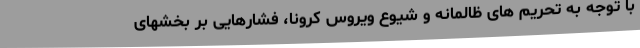
با توجه به تحریم های ظالمانه و شیوع ویروس کرونا، فشارهایی بر بخشهای